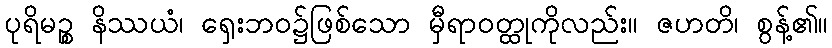
ပုရိမဉ္စ နိဿယံ၊ ရှေးဘဝ၌ဖြစ်သော မှီရာဝတ္ထုကိုလည်း။ ဇဟတိ၊ စွန့်၏။